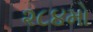
૨૮૪મો